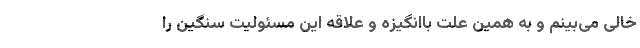
خالی می‌بینم و به همین علت باانگیزه و علاقه این مسئولیت سنگین را